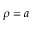
\rho = a